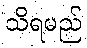
သိရမည်